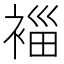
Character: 𮖓